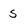
Character: s